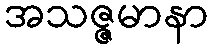
အသဇ္ဇမာနာ